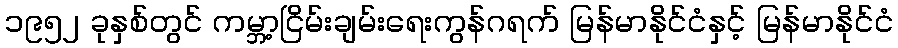
၁၉၅၂ ခုနှစ်တွင် ကမ္ဘာ့ငြိမ်းချမ်းရေးကွန်ဂရက် မြန်မာနိုင်ငံနှင့် မြန်မာနိုင်ငံ